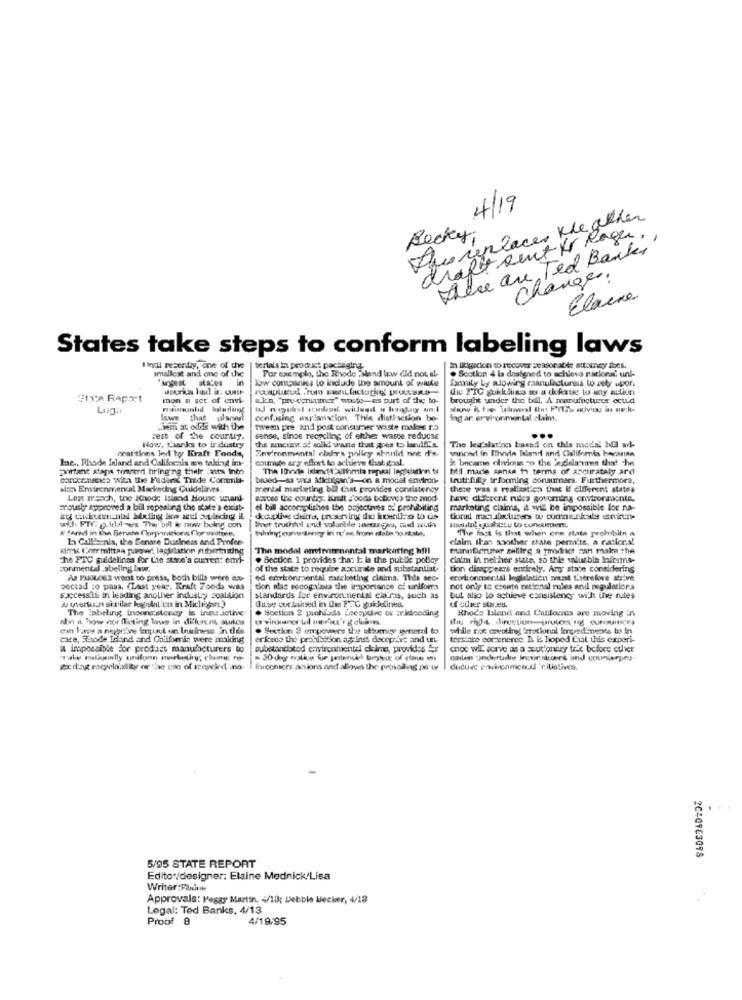
4/19
Azureplaces the ather
Becky,
draft sent to Rage .,
There are Ted Banks
changer.
Elaine
States take steps to conform labeling laws
I inail recently, one of the
smallest and one of the
terials in product pachagina.
Por exemplo, the Rhode "Mand lew did not al
. Section 4 la designed to achieve national uni-
in litigation to recover season able attorney does.
low companies to include the amount of wuke
Sanity by slowing manufactunius to sety upor.
State Report
mon n set of envi-
aka "pre consumer" wusste as part of the to-
brought under the bill, A manufacturer ocu'd
Lugn
Www i he uiluweal Itu: PIErs advice in ue h.
laws that plusogl
confusing explanation. Thle distinction b
ing ar er vivonmental claims,
Liem at odde with the
twvean pre and post consumer waste maloes po
rest of the courtiy.
sense, since recycling of ether waste reducse
The leg'slat'on based on this mode' bdil ad-
coalitions led by Kraft Foods,
Now, Laankes to ir dustry
Environmental clairs policy should not d'e
the amount of solid waste that goes to landfiks
vanced in Thede Talend and California bocina
courage ary effort to achieve that goal.
& became obvious -o the legislaturen that the
portant staps toward bringing their atts Info
lae ., Rhode Inland and Califocais are taking im-
The Invite island-4'Allinmia repeal legislation te
bll made sansa to terms of accurately ard
concaneca with the Fedand Trade Commia-
based-sa ws Michigan's-on a model environ-
truthfully irlooming consumers. Furthermore,
aon Environmental Marketing Guidelines.
mental marlsting bil it provides consistency
there was a realization that if different states
Lost masch, the Ichode Island House wand-
scopes the country. Kreft :'oods boboves the mod-
have different rules governing environmente.
zrously approved a bill repealing the state's existe
el bill accomplishes the pojectives of prohibiting
marketing claims, it wil be inpossible for na-
wich. FTr. g.ilves The bill le now being con
# fared in the Senate Corporations Clor wittee.
liver truthful and valonble ynorges, aud wud
thing; oons teney in n'es from rate bo state.
"The fact is that when ene state prohibits a
La Calls.nis, the Senare Business and Profee-
claim ikas another state permite, a rather.s!
Almak ("her mittea plasser. lagislation mbermiting
The model environmental marketing hill
manufacturer selling a product can make the
che FTC guidelines for Lie stone's current: emi-
. Section 1 provides hu. 1 is the public policy
claim in nel her state, so thie valuable Inicims-
conmental Labeling Inw.
of the state to require accurate and substantiat.
tion disappears entirely. Arg state considering
As PUGLOSS want to press, boch bills were ex-
ed enviorirasental marketing claims. This sec-
environmental legalation must Laerefore stive
pectad to pass. (Last year. Kraft Foods was
tion alas secog v'ses the importance of uniforms
not only to create rational rules and regulations
saccessiii in leading another industry Soallion
standards for environmental claras, such as
but also to achieve consistency with the rules
The labeling inconsistency is inaactive
Soction 2 pachlads deegytive ov :ridloading
Rhode Island and Californis are moving in
Non it how nor fleting Wwws in different sukces
the right direction-proton ng curvaancra
. Sextaun 3 empowers the attumay general to
while rok cvoting irrational impediments to in
care, Shhode Island and Colifomin were making
erforce the prohibition againes deceptive and un-
tersite coramerce. IL is hoped Cial this experi-
i iropossible for product manubcturers to
substantiated environmentel ckime, provides Ar
choc wIL acave as a sout'onery tele before other
"Take meligenlly unifunn marketing; elmes rot-
Dalens undertake incor sicaert and counterpey
hicenicer actions and allows the pronoiling po wy
ductive environmencl "rillotives.
2040763098
5/95 STATE REPORT
Edito /designer: Elaine Mednick/Lisa
Writer:Farine
Approvals: Peggy Martin, 4/13; Debbie becker, 4/18
.
Legal: Ted Banks, 4/13
Proof 8
4/19/95